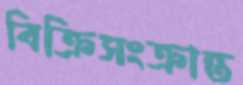
বিক্রিসংক্রান্ত